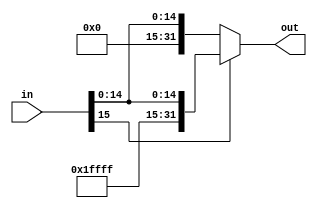
`timescale 1ns/100ps
module SignExtend(in, out);
	input [15:0]in;
	output [31:0]out;
	reg [15:0]out0=16'h0000;
	reg [15:0]out1=16'hffff;

	assign	out = in[15] ? ({out1,in}) : ({out0, in});
endmodule